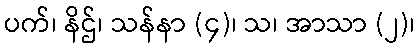
ပက်၊ နိဌ်၊ သန်နာ (၄)၊ သ၊ အာသာ (၂)၊